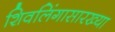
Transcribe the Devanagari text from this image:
शिवलिंगासारख्या